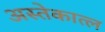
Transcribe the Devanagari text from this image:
अस्तेकात्ल